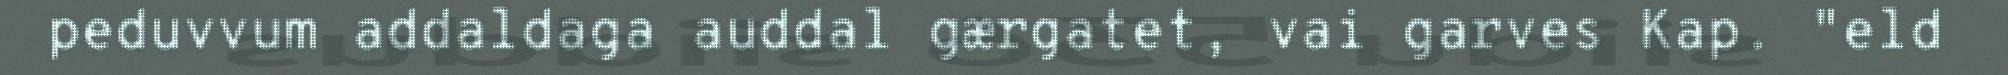
peduvvum addaldaga auddal gærgatet, vai garves Kap. "eld